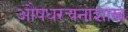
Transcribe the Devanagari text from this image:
औषधरचनाशास्त्र